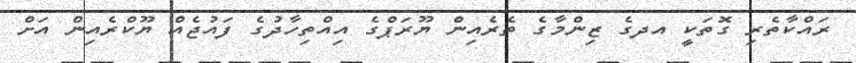
ރައްކާތެރި ގޮތަކީ އދގެ ޒިންމާގެ ތެރެއިން ޔޫރަޕްގެ އިއްތިހާދުގެ ފައުޖެއް ޔޫކްރެއިން އަށް